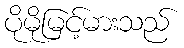
ပိုမိုမြင့်မားသည်